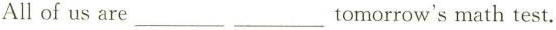
All of us are ___ ___ tomorrow's math test.